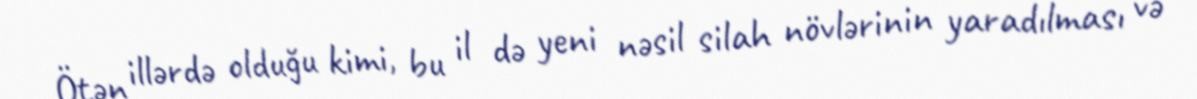
Ötən illərdə olduğu kimi, bu il də yeni nəsil silah növlərinin yaradılması və